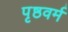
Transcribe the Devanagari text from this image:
पृष्ठवर्म